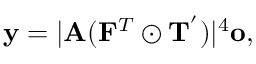
\mathbf { y } = \lvert \mathbf { A } ( \mathbf { F } ^ { T } \odot \mathbf { T } ^ { ' } ) \rvert ^ { 4 } \mathbf { o } ,